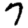
Digit: 7